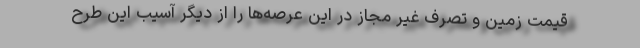
قیمت زمین و تصرف غیر مجاز در این عرصه‌ها‌ را از دیگر آسیب این طرح